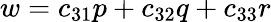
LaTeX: w=c_{31}p+c_{32}q+c_{33}r